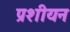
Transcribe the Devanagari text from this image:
प्रशीयन